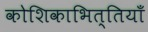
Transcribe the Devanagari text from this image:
कोशिकाभित्तियाँ